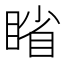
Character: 𪾱